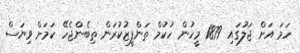
ހަމަ އަށް ޖަލުގައި 1879 މީހުން ހުކުމް ތަންފީޒުކުރަން ތިބެންޖެހޭ ކަމަށް ވިޔަސް